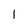
Character: 1